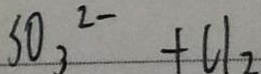
S O _ { 3 } ^ { 2 } + C l _ { 2 }